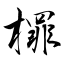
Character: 檌